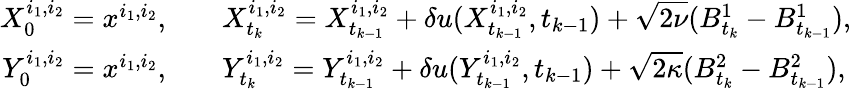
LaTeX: \begin{array}{rl}{X_{0}^{i_{1},i_{2}}=x^{i_{1},i_{2}},\quad}&{X_{t_{k}}^{i_{1},i_{2}}=X_{t_{k-1}}^{i_{1},i_{2}}+\delta u(X_{t_{k-1}}^{i_{1},i_{2}},t_{k-1})+\sqrt{2\nu}(B_{t_{k}}^{1}-B_{t_{k-1}}^{1}),}\\ {Y_{0}^{i_{1},i_{2}}=x^{i_{1},i_{2}},\quad}&{Y_{t_{k}}^{i_{1},i_{2}}=Y_{t_{k-1}}^{i_{1},i_{2}}+\delta u(Y_{t_{k-1}}^{i_{1},i_{2}},t_{k-1})+\sqrt{2\kappa}(B_{t_{k}}^{2}-B_{t_{k-1}}^{2}),}\end{array}